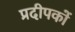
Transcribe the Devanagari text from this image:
प्रदीपकों